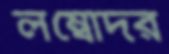
লম্বোদর